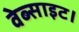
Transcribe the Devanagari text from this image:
वेब्साइट।